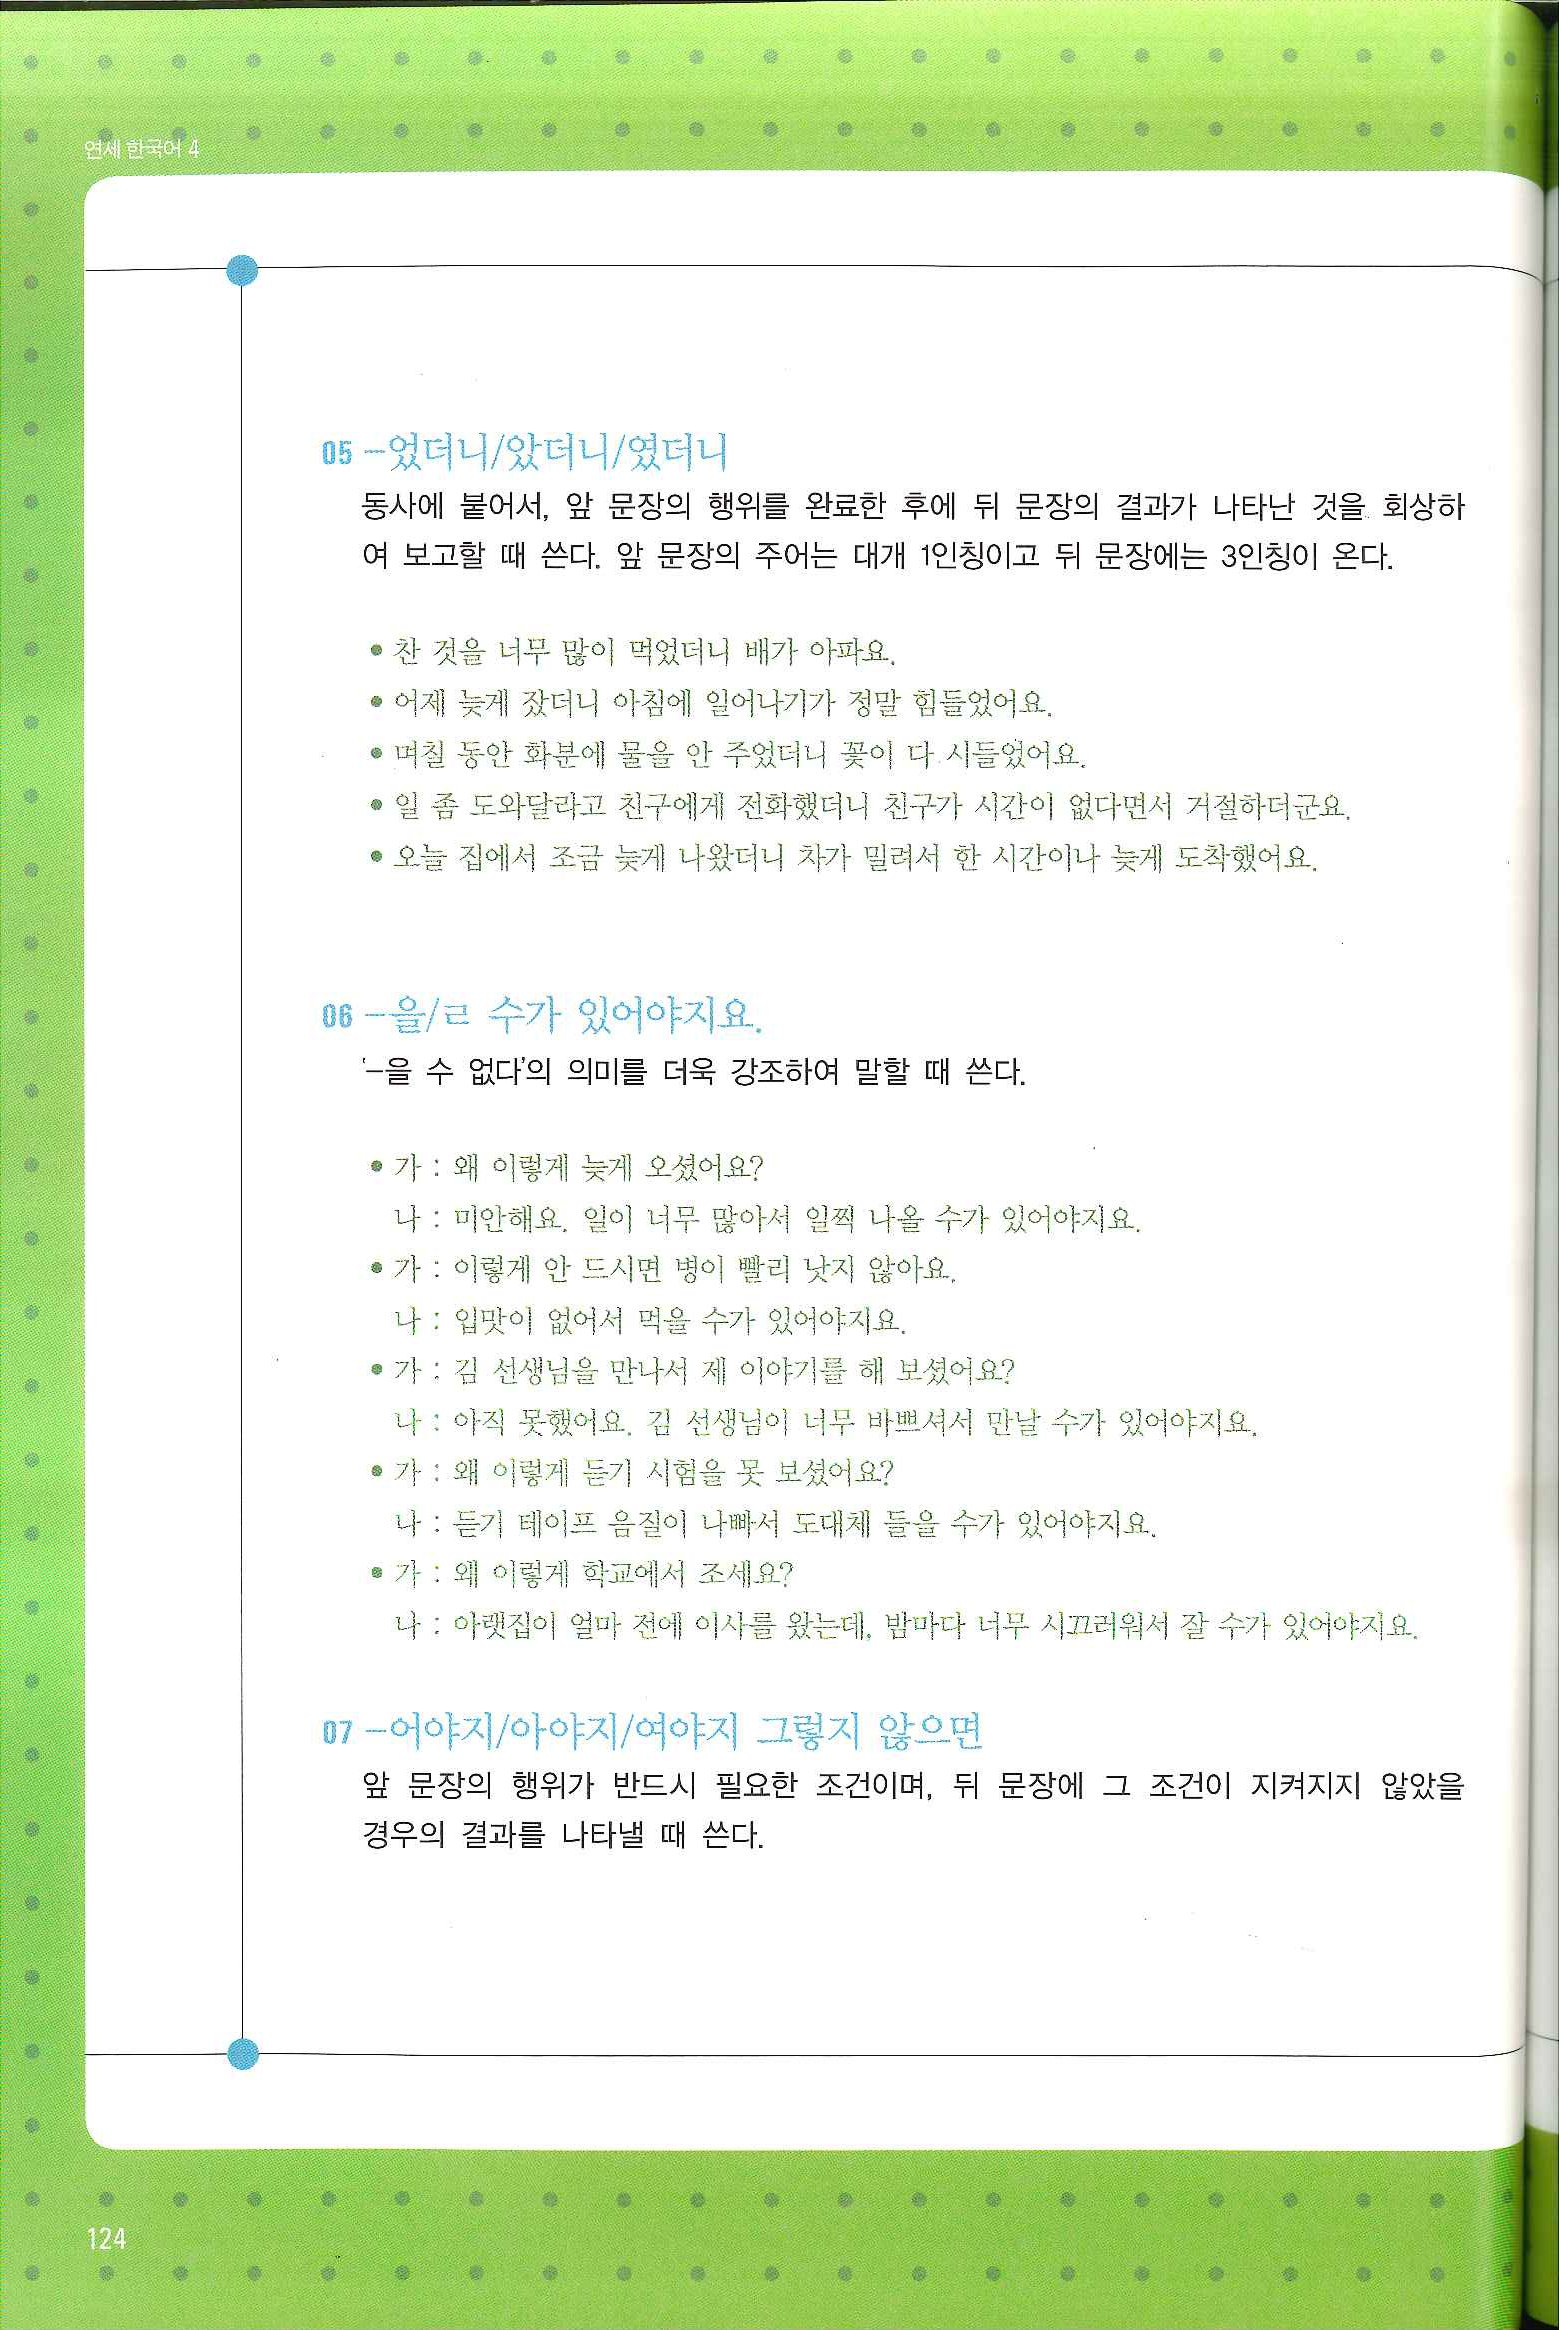
Language: ko